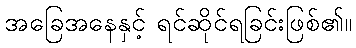
အခြေအနေနှင့် ရင်ဆိုင်ရခြင်းဖြစ်၏။